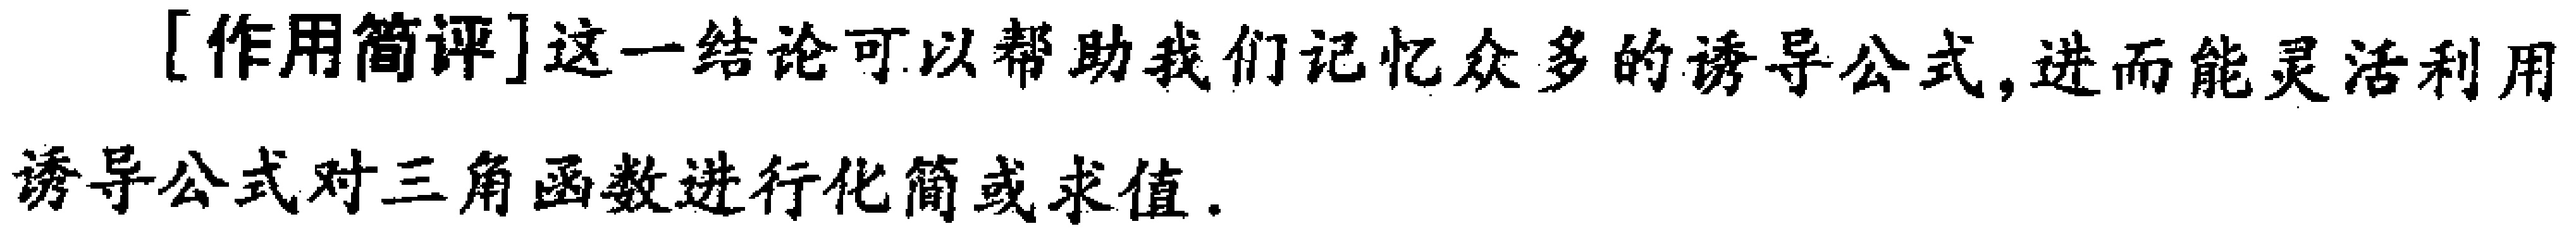
[作用简评]这一结论可以帮助我们记忆众多的诱导公式,进而能灵活利用诱导公式对三角函数进行化简或求值.